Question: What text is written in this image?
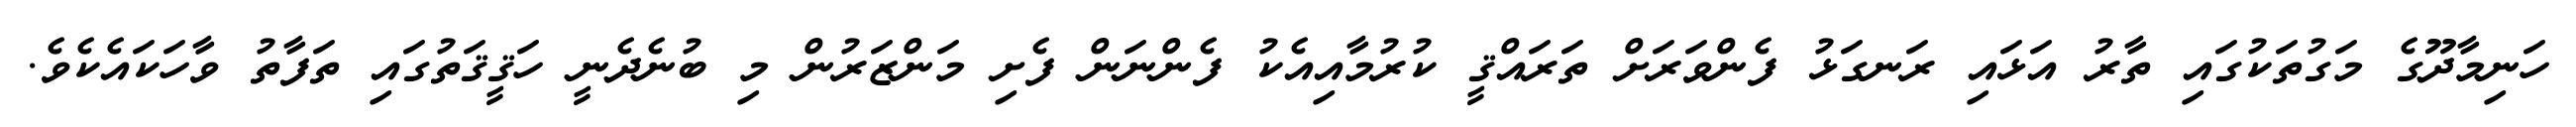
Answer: ހަނިމާދޫގެ މަގުތަކުގައި ތާރު އަޅައި ރަނގަޅު ފެންވަރަށް ތަރައްޤީ ކުރުމާއިއެކު ފެންނަން ފެށި މަންޒަރުން މި ބުނެދެނީ ހަޤީޤަތުގައި ތަފާތު ވާހަކައެކެވެ.